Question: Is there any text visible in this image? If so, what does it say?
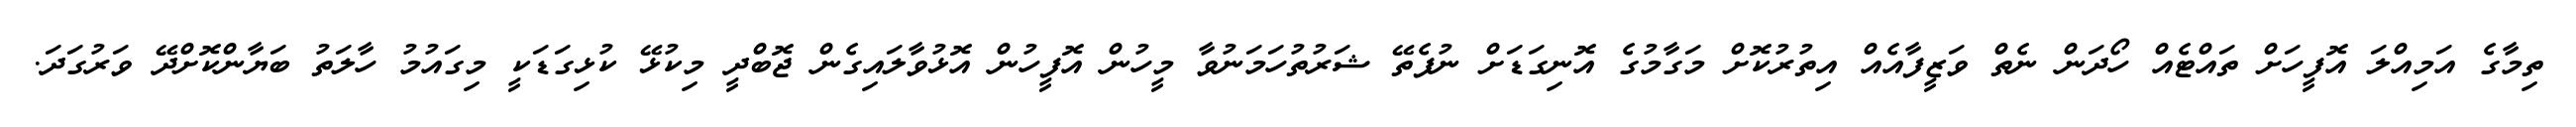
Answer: ތިމާގެ އަމިއްލަ އޮފީހަށް ތައްޓެއް ހޯދަން ނެތް ވަޒީފާއެއް އިތުރުކޮށް މަގާމުގެ އޮނިގަޑަށް ނުފެތޭ ޝަރުތުހަމަނުވާ މީހުން އޮފީހުން އޮޅުވާލައިގެން ޖޮބްދީ މިކުޅޭ ކުޅިގަޑަކީ މިގައުމު ހާލަތު ބަޔާންކޮށްދޭ ވަރުގަދަ.